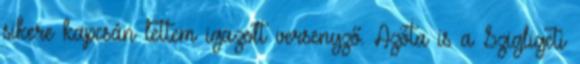
sikere kapcsán lettem igazolt versenyző. Azóta is a Szigligeti